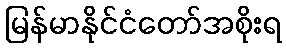
မြန်မာနိုင်ငံတော်အစိုးရ